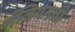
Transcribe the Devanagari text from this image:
गॅलियनची